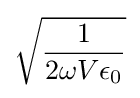
{\sqrt {\frac {1}{2\omega V\epsilon _{0}}}}